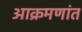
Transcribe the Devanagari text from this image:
आक्रमणांत